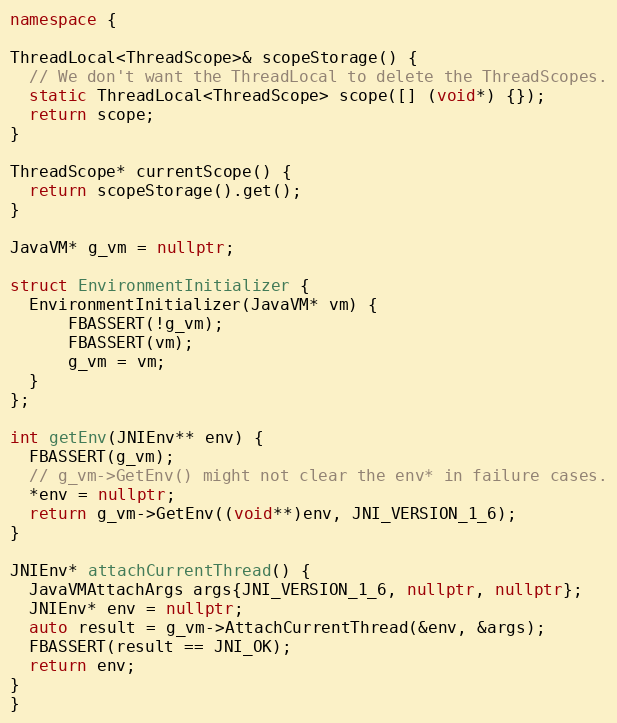
Language: C++
namespace {

ThreadLocal<ThreadScope>& scopeStorage() {
  // We don't want the ThreadLocal to delete the ThreadScopes.
  static ThreadLocal<ThreadScope> scope([] (void*) {});
  return scope;
}

ThreadScope* currentScope() {
  return scopeStorage().get();
}

JavaVM* g_vm = nullptr;

struct EnvironmentInitializer {
  EnvironmentInitializer(JavaVM* vm) {
      FBASSERT(!g_vm);
      FBASSERT(vm);
      g_vm = vm;
  }
};

int getEnv(JNIEnv** env) {
  FBASSERT(g_vm);
  // g_vm->GetEnv() might not clear the env* in failure cases.
  *env = nullptr;
  return g_vm->GetEnv((void**)env, JNI_VERSION_1_6);
}

JNIEnv* attachCurrentThread() {
  JavaVMAttachArgs args{JNI_VERSION_1_6, nullptr, nullptr};
  JNIEnv* env = nullptr;
  auto result = g_vm->AttachCurrentThread(&env, &args);
  FBASSERT(result == JNI_OK);
  return env;
}
}